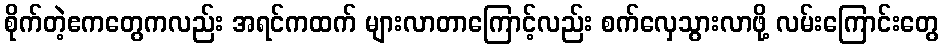
စိုက်တဲ့ဧကတွေကလည်း အရင်ကထက် များလာတာကြောင့်လည်း စက်လှေသွားလာဖို့ လမ်းကြောင်းတွေ